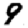
Digit: 9